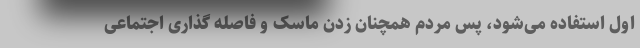
اول استفاده می‌شود، پس مردم همچنان زدن ماسک و فاصله گذاری اجتماعی